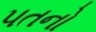
પતનો